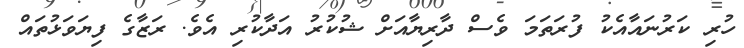
ހުރި ކަރުނައާއެކު ފުރަތަމަ ވެސް ދާރިޔާއަށް ޝުކުރު އަދާކުރި އެވެ. ރަޒާގެ ފިޔަވަޅުތައް